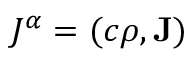
J ^ { \alpha } = ( c \rho , \mathbf { J } )